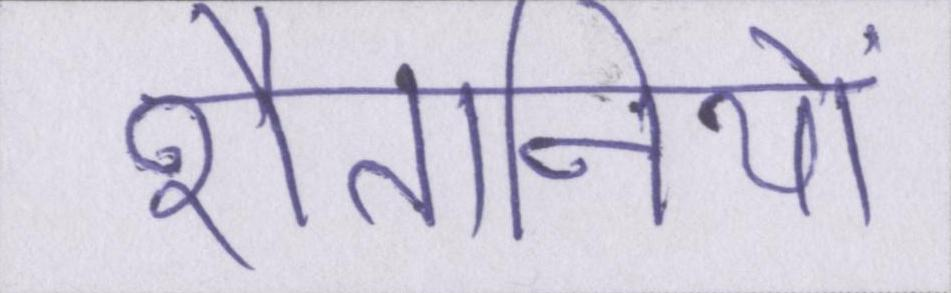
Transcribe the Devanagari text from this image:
शैतानियों